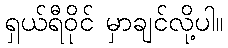
ရှယ်ရီဝိုင် မှာချင်လို့ပါ။